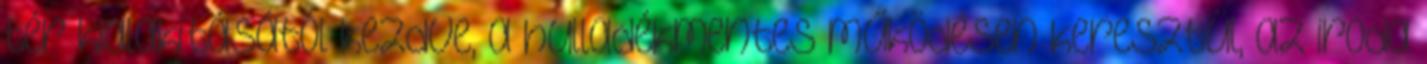
tér kialakításától kezdve, a hulladékmentes működésen keresztül, az iroda